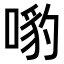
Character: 𠹕